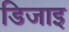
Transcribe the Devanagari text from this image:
डिजाइ